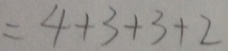
= 4 + 3 + 3 + 2